Annual administration report of the Civil Veterinary Department of India - 1905-1906
Year: 1905
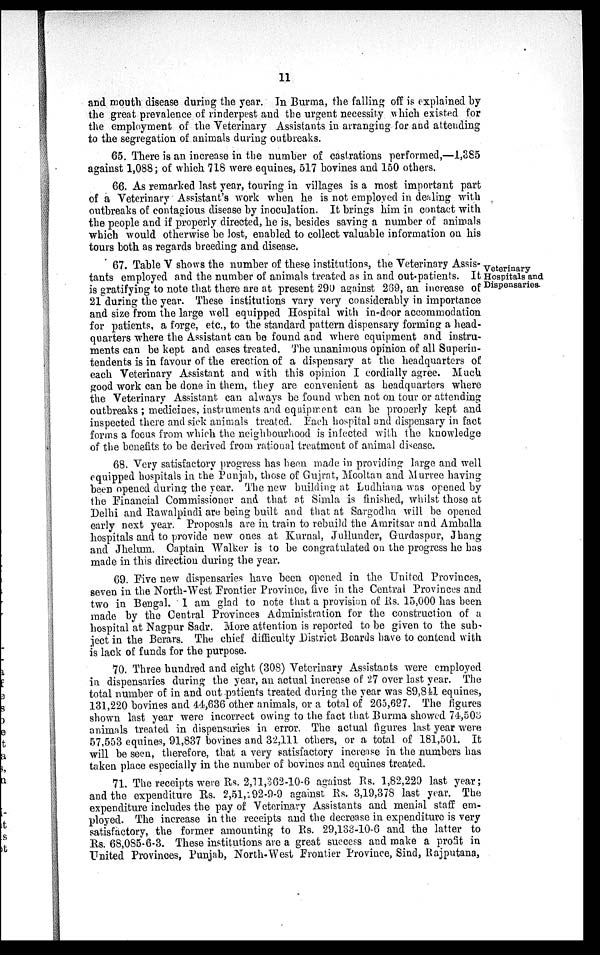
11
and mouth disease during the year. In Burma, the falling off is explained by
the great prevalence of rinderpest and the urgent necessity which existed for
the employment of the Veterinary Assistants in arranging for and attending
to the segregation of animals during outbreaks.
65. There is an increase in the number of castrations performed,—1,385
against 1,088 ; of which 718 were equines, 517 bovines and 150 others.
66. As remarked last year, touring in villages is a most important part
of a Veterinary Assistant's work when he is not employed in dealing with
outbreaks of contagious disease by inoculation. It brings him in contact with
the people and if properly directed, he is, besides saving a number of animals
which would otherwise be lost, enabled to collect valuable information on his
tours both as regards breeding and disease.
Veterinary
Hospitals and
Dispensaries.
67. Table V shows the number of these institutions, the Veterinary Assis-
tants employed and the number of animals treated as in and out-patients. It
is gratifying to note that there are at present 290 against 269, an increase of
21 during the year. These institutions vary very considerably in importance
and size from the large well equipped Hospital with in-door accommodation
for patients, a forge, etc., to the standard pattern dispensary forming a head-
quarters where the Assistant can be found and where equipment and instru-
ments can be kept and cases treated. The unanimous opinion of all Superin-
tendents is in favour of the erection of a dispensary at the headquarters of
each Veterinary Assistant and with this opinion I cordially agree. Much
good work can be done in them, they are convenient as headquarters where
the Veterinary Assistant can always be found when not on tour or attending
outbreaks ; medicines, instruments and equipment can be properly kept and
inspected there and sick animals treated. Each hospital and dispensary in fact
forms a focus from which the neighbourhood is infected with the knowledge
of the benefits to be derived from rational treatment of animal disease.
68. Very satisfactory progress has been made in providing large and well
equipped hospitals in the Punjab, those of Gujrat, Mooltan and Murree having
been opened during the year. The new building at Ludhiana was opened by
the Financial Commissioner and that at Simla is finished, whilst those at
Delhi and Rawalpindi are being built and that at Sargodha will be opened
early next year. Proposals are in train to rebuild the Amritsar and Amballa
hospitals and to provide new ones at Kurnal, Jullunder, Gurdaspur, Jhang
and Jhelum. Captain Walker is to be congratulated on the progress he has
made in this direction during the year.
69. Five new dispensaries have been opened in the United Provinces,
seven in the North-West Frontier Province, five in the Central Provinces and
two in Bengal. I am glad to note that a provision of Rs. 15,000 has been
made by the Central Provinces Administration for the construction of a
hospital at Nagpur Sadr. More attention is reported to be given to the sub-
ject in the Berars. The chief difficulty District Boards have to contend with
is lack of funds for the purpose.
70. Three hundred and eight (308) Veterinary Assistants were employed
in dispensaries during the year, an actual increase of 27 over last year. The
total number of in and out patients treated during the year was 89,841 equines,
131,220 bovines and 44,636 other animals, or a total of 265,697. The figures
shown last year were incorrect owing to the fact that Burma showed 74,503
animals treated in dispensaries in error. The actual figures last year were
57,553 equines, 91,837 bovines and 32,111 others, or a total of 181,501. It
will be seen, therefore, that a very satisfactory increase in the numbers has
taken place especially in the number of bovines and equines treated.
71. The receipts were Rs. 2,11,362-10-6 against Rs. 1,82,229 last year;
and the expenditure Rs. 2,51,292-9-9 against Rs. 3,19,378 last year. The
expenditure includes the pay of Veterinary Assistants and menial staff em-
ployed. The increase in the receipts and the decrease in expenditure is very
satisfactory, the former amounting to Rs. 29,133-10-6 and the latter to
Rs. 68,085-6-3. These institutions are a great success and make a profit in
United Provinces, Punjab, North-West Frontier Province, Sind, Rajputana,